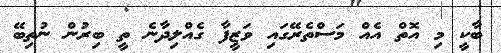
ބާކީ މި އޮތް އެއް މަސްތެރޭގައި ވަޒީފާ ގެއްލިދާނެ ތީ ބިރުން ނުތިބޭ